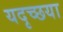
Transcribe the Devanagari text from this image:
यदृच्छया